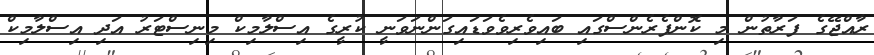
ރާއްޖޭގެ ފަރާތުން މި ކޮންފެރެންސްގައި ބައިވެރިވެވަޑައިގަންނަވަނީ ކުރީގެ އިސްލާމިކް މިނިސްޓަރު އަދި އިސްލާމިކް